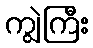
ကျွဲကြီး